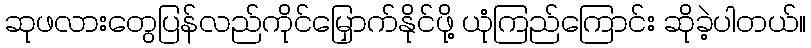
ဆုဖလားတွေပြန်လည်ကိုင်မြှောက်နိုင်ဖို့ ယုံကြည်ကြောင်း ဆိုခဲ့ပါတယ်။